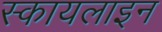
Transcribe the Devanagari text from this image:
स्कायलाइन